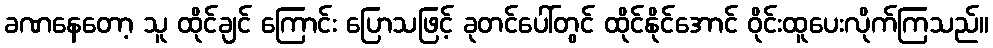
ခဏနေတော့ သူ ထိုင်ချင် ကြောင်း ပြောသဖြင့် ခုတင်ပေါ်တွင် ထိုင်နိုင်အောင် ဝိုင်းထူပေးလိုက်ကြသည်။